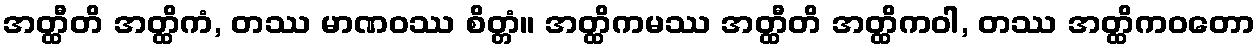
အတ္ထီတိ အတ္ထိကံ, တဿ မာဏဝဿ စိတ္တံ။ အတ္ထိကမဿ အတ္ထီတိ အတ္ထိကဝါ, တဿ အတ္ထိကဝတော